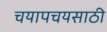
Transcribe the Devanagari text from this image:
चयापचयसाठी